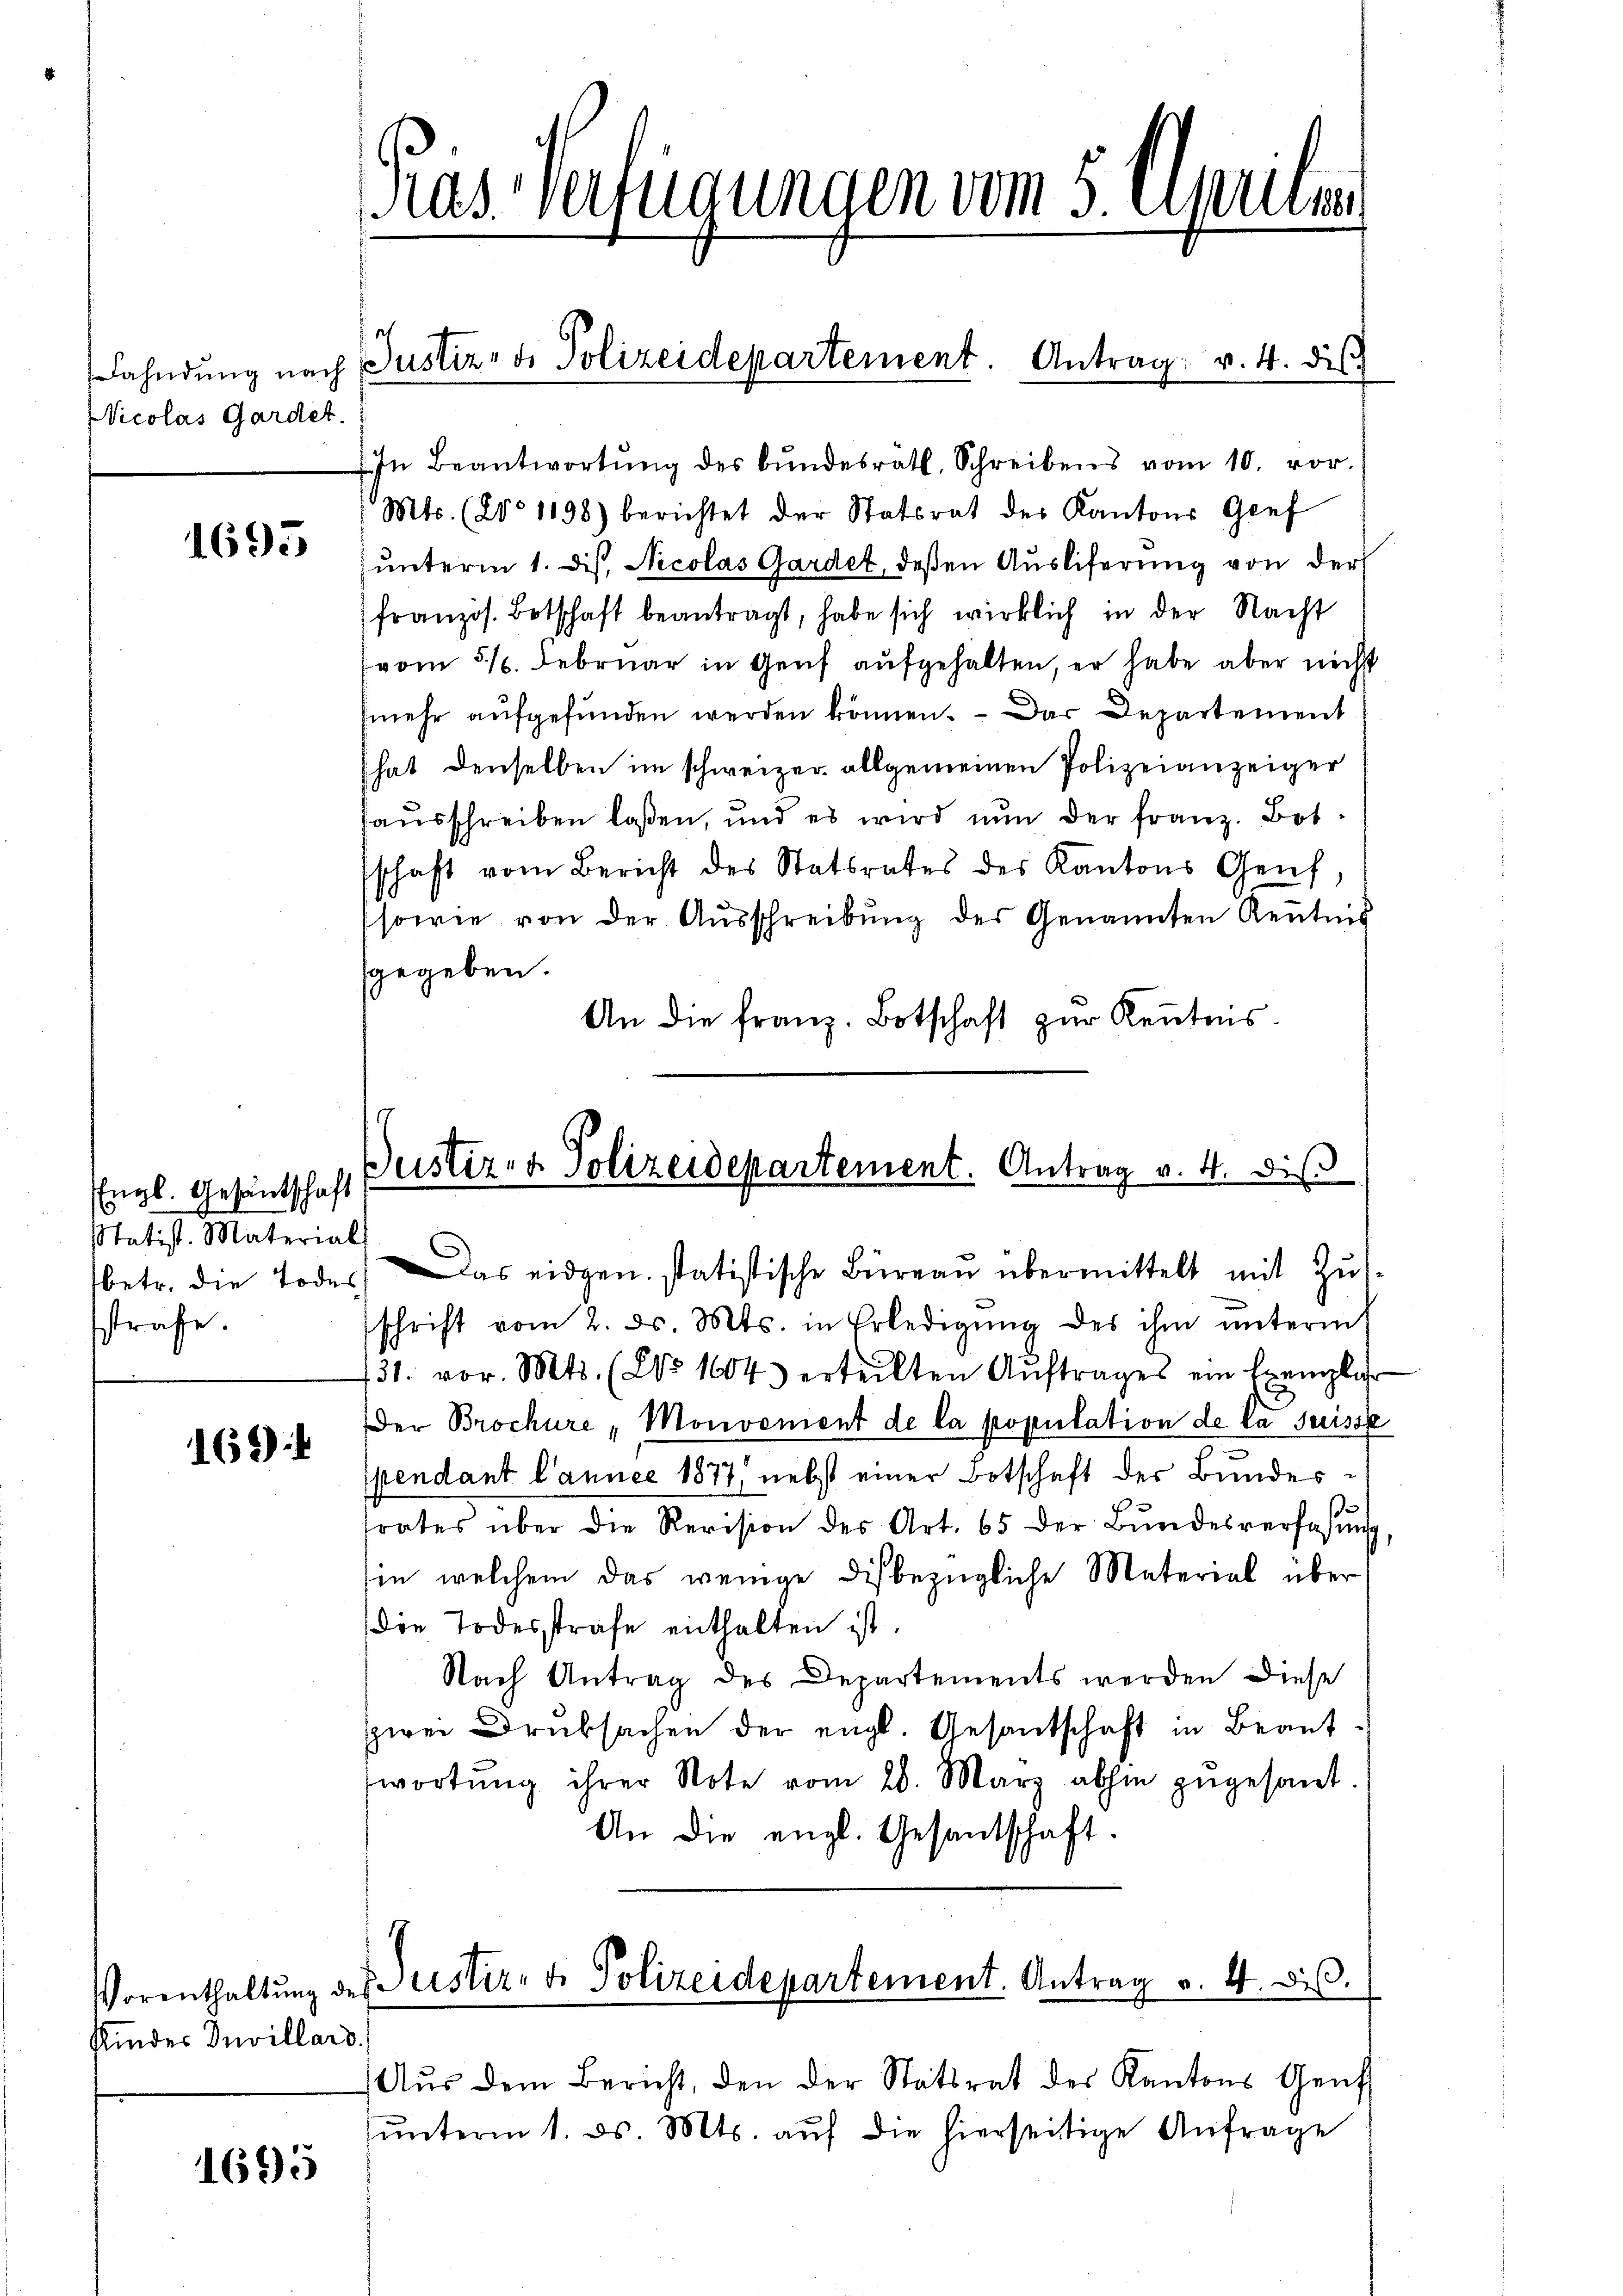
Vicolas Gardet.

1693

Engl. Gesantschaft
Statist. Material
sstrafe.

169)

Kinder Invillard.

1695

Ras Verfügungen vom 5. Aprilien

Fahndŭng nach Justiz, d. Polizeidepartement. Antrag v. 4. dis

Justiz- & Polizeidepartement. Antrag v. 4. diβ
(betr. die Todes. Das eidgen. statistische Büreau übermittelt mit Zŭs-

In Beantwortŭng des Bŭndesräth. Schreibens vom 10. vor.
Mts. (20° 1198) berichtet der Statsrat des Kantons Genf
unterm 1. Dist. Nicolas Gardet, deßen Ausliferung von der
französ. Botschaft beantragt, habe sich wirklich in der Nacht
(vom 31. Februar in Genf aufgehalten, er habe aber nicht
(mehr aufgefunden werden können. — Das Departement
hat denselben im schweizer allgemeinen Polizeianzeiger
sausschreiben laßen, und es wird nun der franz. Botschaft vom Bericht des Statsrates des Kantons Genf,
sowie von der Aŭsschreibŭng des Genannten Kenntnis
sgegeben.
An die franz. Botschaft zur Kenntnis.

Vorenthaltŭng des Justiz- & Polizeidepartement. Antrag v. 4. ds.

Aŭs dem Bericht, den der Statsrat der Kantons Genf
ŭnterm 1. ds. Mts. aŭf die hierseitige Anfrage

schrift vom 2. ds. Mts. in Erledigŭng des ihm ŭnterm
131. vor. Mts. (Co 16043 erteilten Aŭftrages ein Exemplar
Der Brochüre „Monvement de la population de la Suisse
spendant l’année 1877, nebst einer Botschaft der Bundestrates über die Revision des Art. 65 der Bŭndesverfassŭng,
in, welchem das wenige dis bezügliche Material über
die Todesstrafe enthalten ist.
Nach Antrag des Departements werden diese
zwei Druksachen der engl. Gesantschaft in Beantwortŭng ihrer Note vom 20. März abhin zŭgesant.
An die engl. Gesandtschaft.